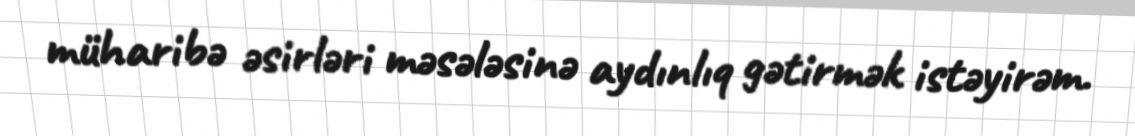
müharibə əsirləri məsələsinə aydınlıq gətirmək istəyirəm.